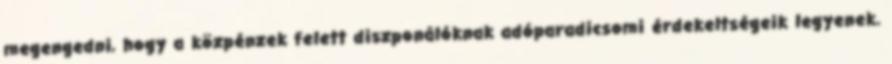
megengedni, hogy a közpénzek felett diszponálóknak adóparadicsomi érdekeltségeik legyenek.